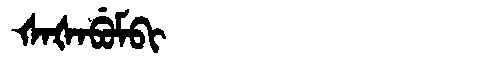
Manchu: ᡧᠠᡧᠠᠪᡠᠮᠪᡳ
Romanization: ŠAŠABUMBI